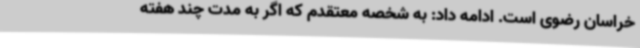
خراسان رضوی است. ادامه داد: به شخصه معتقدم که اگر به مدت چند هفته